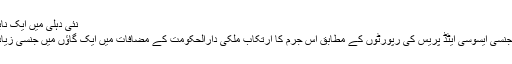
نئی دہلی میں ایک نابالغ بچی کے ریپ کے خلاف عوامی مظاہرہ، فائل فوٹو
نئی دہلی سے منگل آٹھ مارچ کے روز موصولہ نیوز ایجنسی ایسوسی ایٹڈ پریس کی رپورٹوں کے مطابق اس جرم کا ارتکاب ملکی دارالحکومت کے مضافات میں ایک گاؤں میں جنسی زیادتی کا نشانہ بننے والی نابالغ لڑکی کے گھر پر کیا گیا۔